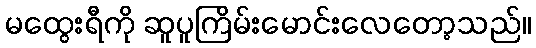
မထွေးရီကို ဆူပူကြိမ်းမောင်းလေတော့သည်။